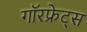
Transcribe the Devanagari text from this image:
गॉरफ्रेट्स